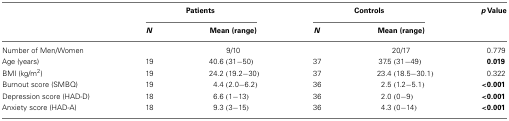
<table><thead><tr><td></td><td colspan="2"><b>Patients</b></td><td colspan="2"><b>Controls</b></td><td><b><i>p</i> Value</b></td></tr><tr><td></td><td><b><i>N</i></b></td><td><b>Mean (range)</b></td><td><b><i>N</i></b></td><td><b>Mean (range)</b></td><td></td></tr></thead><tbody><tr><td>Number of Men/Women</td><td></td><td>9/10</td><td></td><td>20/17</td><td>0.779</td></tr><tr><td>Age (years)</td><td>19</td><td>40.6 (31−50)</td><td>37</td><td>37.5 (31−49)</td><td><b>0.019</b></td></tr><tr><td>BMI (kg/m<sup>2</sup>)</td><td>19</td><td>24.2 (19.2−30)</td><td>37</td><td>23.4 (18.5−30.1)</td><td>0.322</td></tr><tr><td>Burnout score (SMBQ)</td><td>19</td><td>4.4 (2.0−6.2)</td><td>36</td><td>2.5 (1.2−5.1)</td><td><b>&lt;0.001</b></td></tr><tr><td>Depression score (HAD-D)</td><td>18</td><td>6.6 (1−13)</td><td>36</td><td>2.0 (0−9)</td><td><b>&lt;0.001</b></td></tr><tr><td>Anxiety score (HAD-A)</td><td>18</td><td>9.3 (3−15)</td><td>36</td><td>4.3 (0−14)</td><td><b>&lt;0.001</b></td></tr></tbody></table>